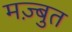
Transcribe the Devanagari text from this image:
मज़्बुत